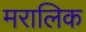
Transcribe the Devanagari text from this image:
मरालिक